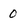
Character: 0